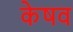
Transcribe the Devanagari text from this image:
केषव